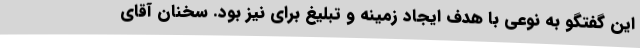
این گفتگو به نوعی با هدف ایجاد زمینه و تبلیغ برای نیز بود. سخنان آقای